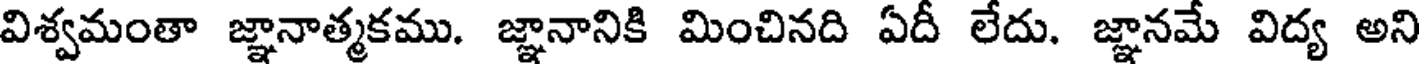
విశ్వమంతా జ్ఞానాత్మకము. జ్ఞానానికి మించినది ఏదీ లేదు. జ్ఞానమే విద్య అని